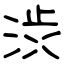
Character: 渋